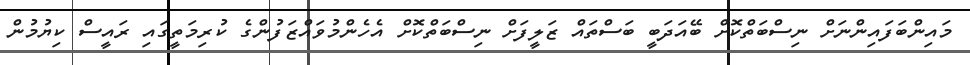
މައިންބަފައިންނަށް ނިސްބަތްކޮށް ބޭއަދަބީ ބަސްތައް ޒަލީފަށް ނިސްބަތްކޮށް އެހެންމުވައްޒަފުންގެ ކުރިމަތީގައި ރައީސް ކިޔުމުން